Some observations on the morphology and mechanism of the parts in the orthorrapha - Number 58
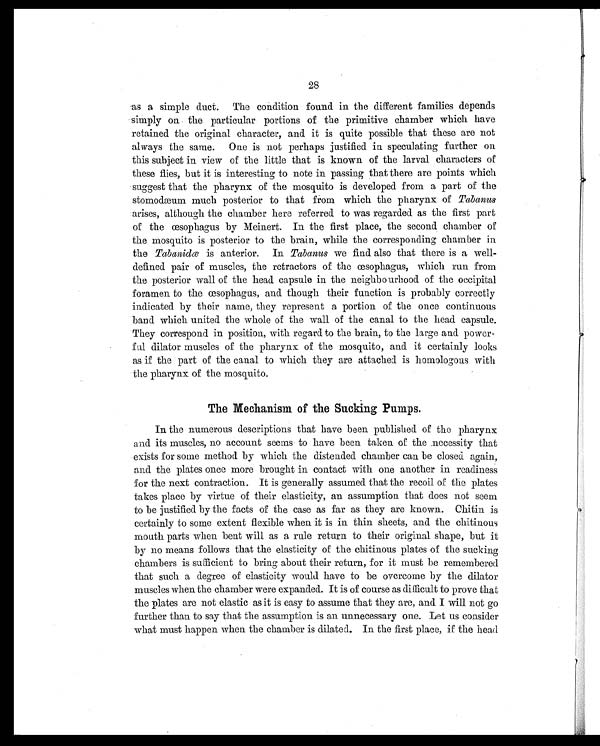
28
as a simple duct. The condition found in the different families depends
simply on the particular portions of the primitive chamber which have
retained the original character, and it is quite possible that these are not
always the same. One is not perhaps justified in speculating further on
this subject in view of the little that is known of the larval characters of
these flies, but it is interesting to note in passing that there are points which
suggest that the pharynx of the mosquito is developed from a part of the
stomodæum much posterior to that from which the pharynx of Tabanus
arises, although the chamber here referred to was regarded as the first part
of the œsophagus by Meinert. In the first place, the second chamber of
the mosquito is posterior to the brain, while the corresponding chamber in
the Tabanidœ is anterior. In Tabanus we find also that there is a well-
defined pair of muscles, the retractors of the œsophagus, which run from
the posterior wall of the head capsule in the neighbourhood of the occipital
foramen to the œsophagus, and though their function is probably correctly
indicated by their name, they represent a portion of the once continuous
band which united the whole of the wall of the canal to the head capsule.
They correspond in position, with regard to the brain, to the large and power-
ful dilator muscles of the pharynx of the mosquito, and it certainly looks
as if the part of the canal to which they are attached is homologous with
the pharynx of the mosquito.
The Mechanism of the Sucking Pumps.
In the numerous descriptions that have been published of the pharynx
and its muscles, no account seems to have been taken of the necessity that
exists for some method by which the distended chamber can be closed again,
and the plates once more brought in contact with one another in readiness
for the next contraction. It is generally assumed that the recoil of the plates
takes place by virtue of their elasticity, an assumption that does not seem
to be justified by the facts of the case as far as they are known. Chitin is
certainly to some extent flexible when it is in thin sheets, and the chitinous
mouth parts when bent will as a rule return to their original shape, but it
by no means follows that the elasticity of the chitinous plates of the sucking
chambers is sufficient to bring about their return, for it must be remembered
that such a degree of elasticity would have to be overcome by the dilator
muscles when the chamber were expanded. It is of course as difficult to prove that
the plates are not elastic as it is easy to assume that they are, and I will not go
further than to say that the assumption is an unnecessary one. Let us consider
what must happen when the chamber is dilated. In the first place, if the head